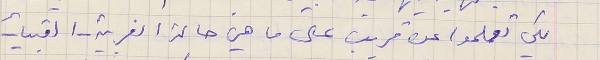
لكي تعلموا عن قريب على ما هي حالة الغربية - القبيات